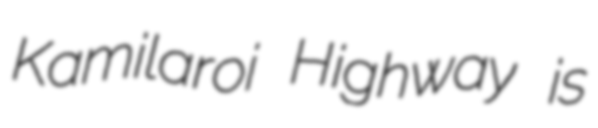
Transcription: Kamilaroi Highway is